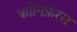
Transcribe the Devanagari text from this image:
कोनिफ़ेरस